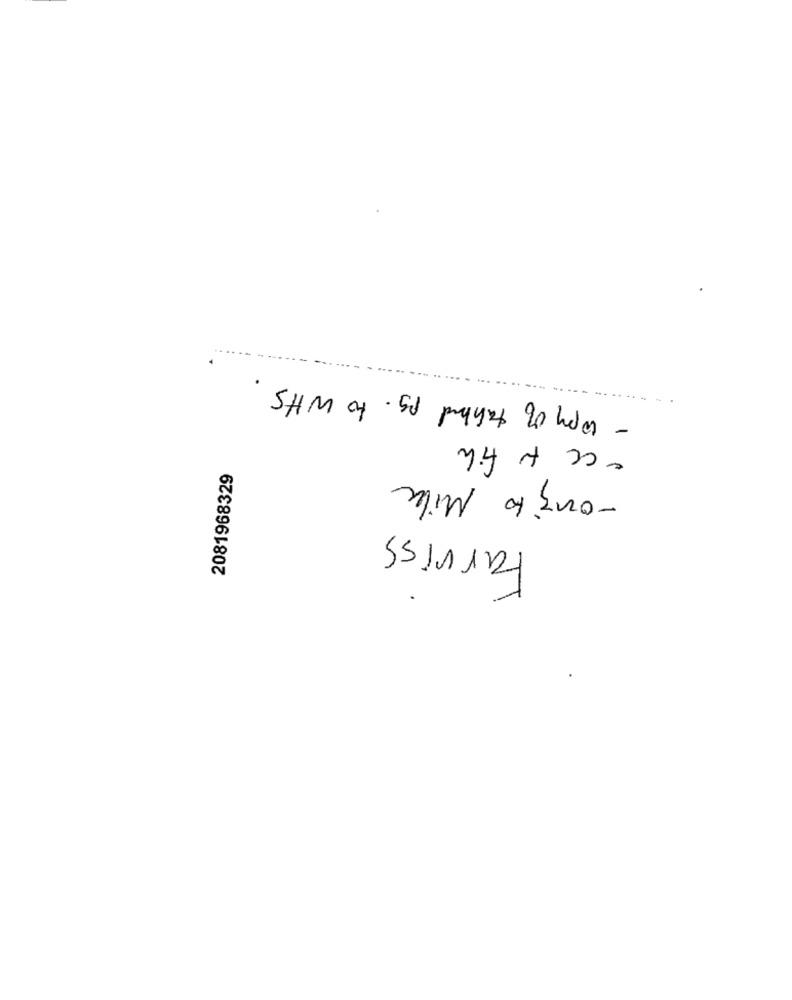
- copy of talked ps. to Wits
ecc to file
2081968329
-onzto Milk
tarviss